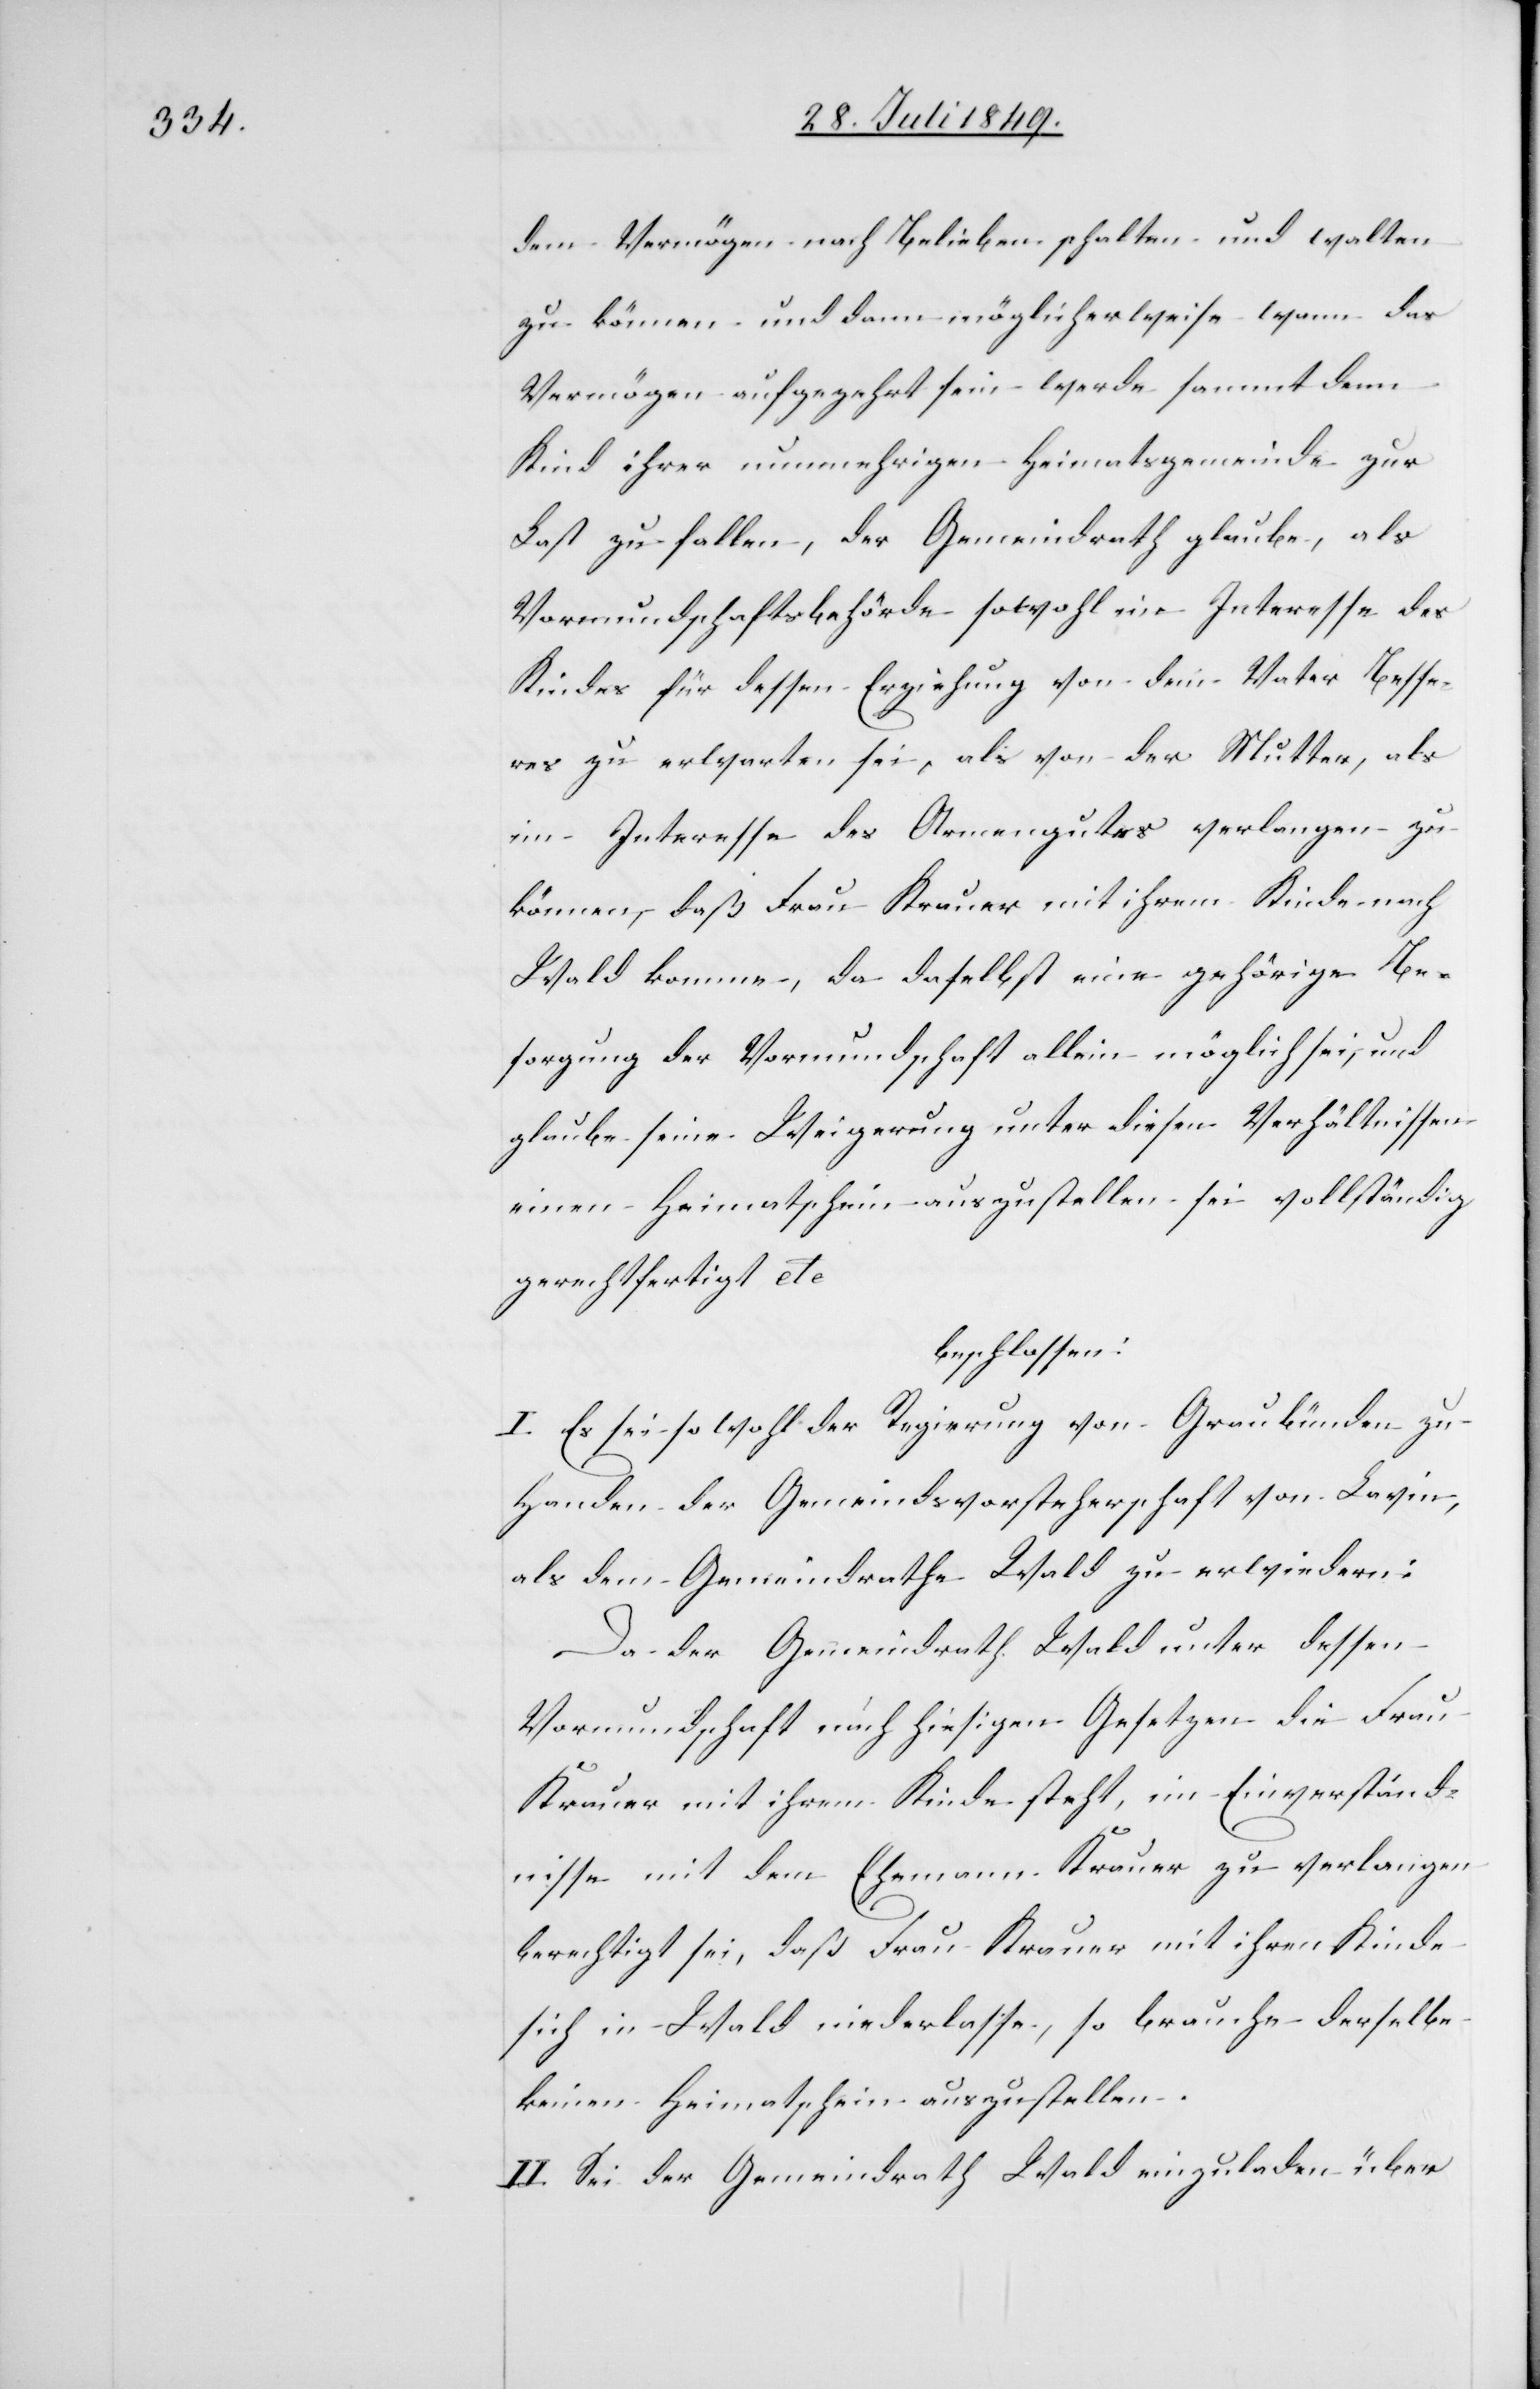
dem Vermögen nach Belieben schalten und walten
zu können und dann möglicherweise wann das
Vermögen aufgezehrt sein werde sammt dem
Kind ihrer nunmehrigen Heimatgemeinde zur
Last zu fallen, der Gemeindrath glaube, als
Vormundschaftsbehörde sowohl im Interesse des
Kindes für dessen Erziehung von dem Vater Besse¬
res zu erwarten sei, als von der Mutter, als
im Interesse des Armengutes verlangen zu
können, daß Frau Krauer mit ihrem Kinde nach
Wald komme, da daselbst eine gehörige Be¬
sorgung der Vormundschaft allein möglich sei, und
glaube seine Weigerung unter diesen Verhältnissen
einen Heimatschein auszustellen sei vollständig
gerechtfertigt etc
beschlossen:
I. Es sei sowohl der Regierung von Graubünden zu
Handen der Gemeindsvorsteherschaft von Lavin,
als dem Gemeindrathe Wald zu erwiedern:
Da der Gemeindrath Wald unter dessen
Vormundschaft nach hiesigen Gesetzen die Frau
Krauer mit ihrem Kinde steht, im Einverständ¬
nisse mit dem Ehemann Krauer zu verlangen
berechtigt sei, daß Frau Krauer mit ihrem Kinde
sich in Wald niederlasse, so brauche derselbe
keinen Heimatschein auszustellen.
II. Sei der Gemeindrath Wald einzuladen über